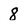
Character: 8